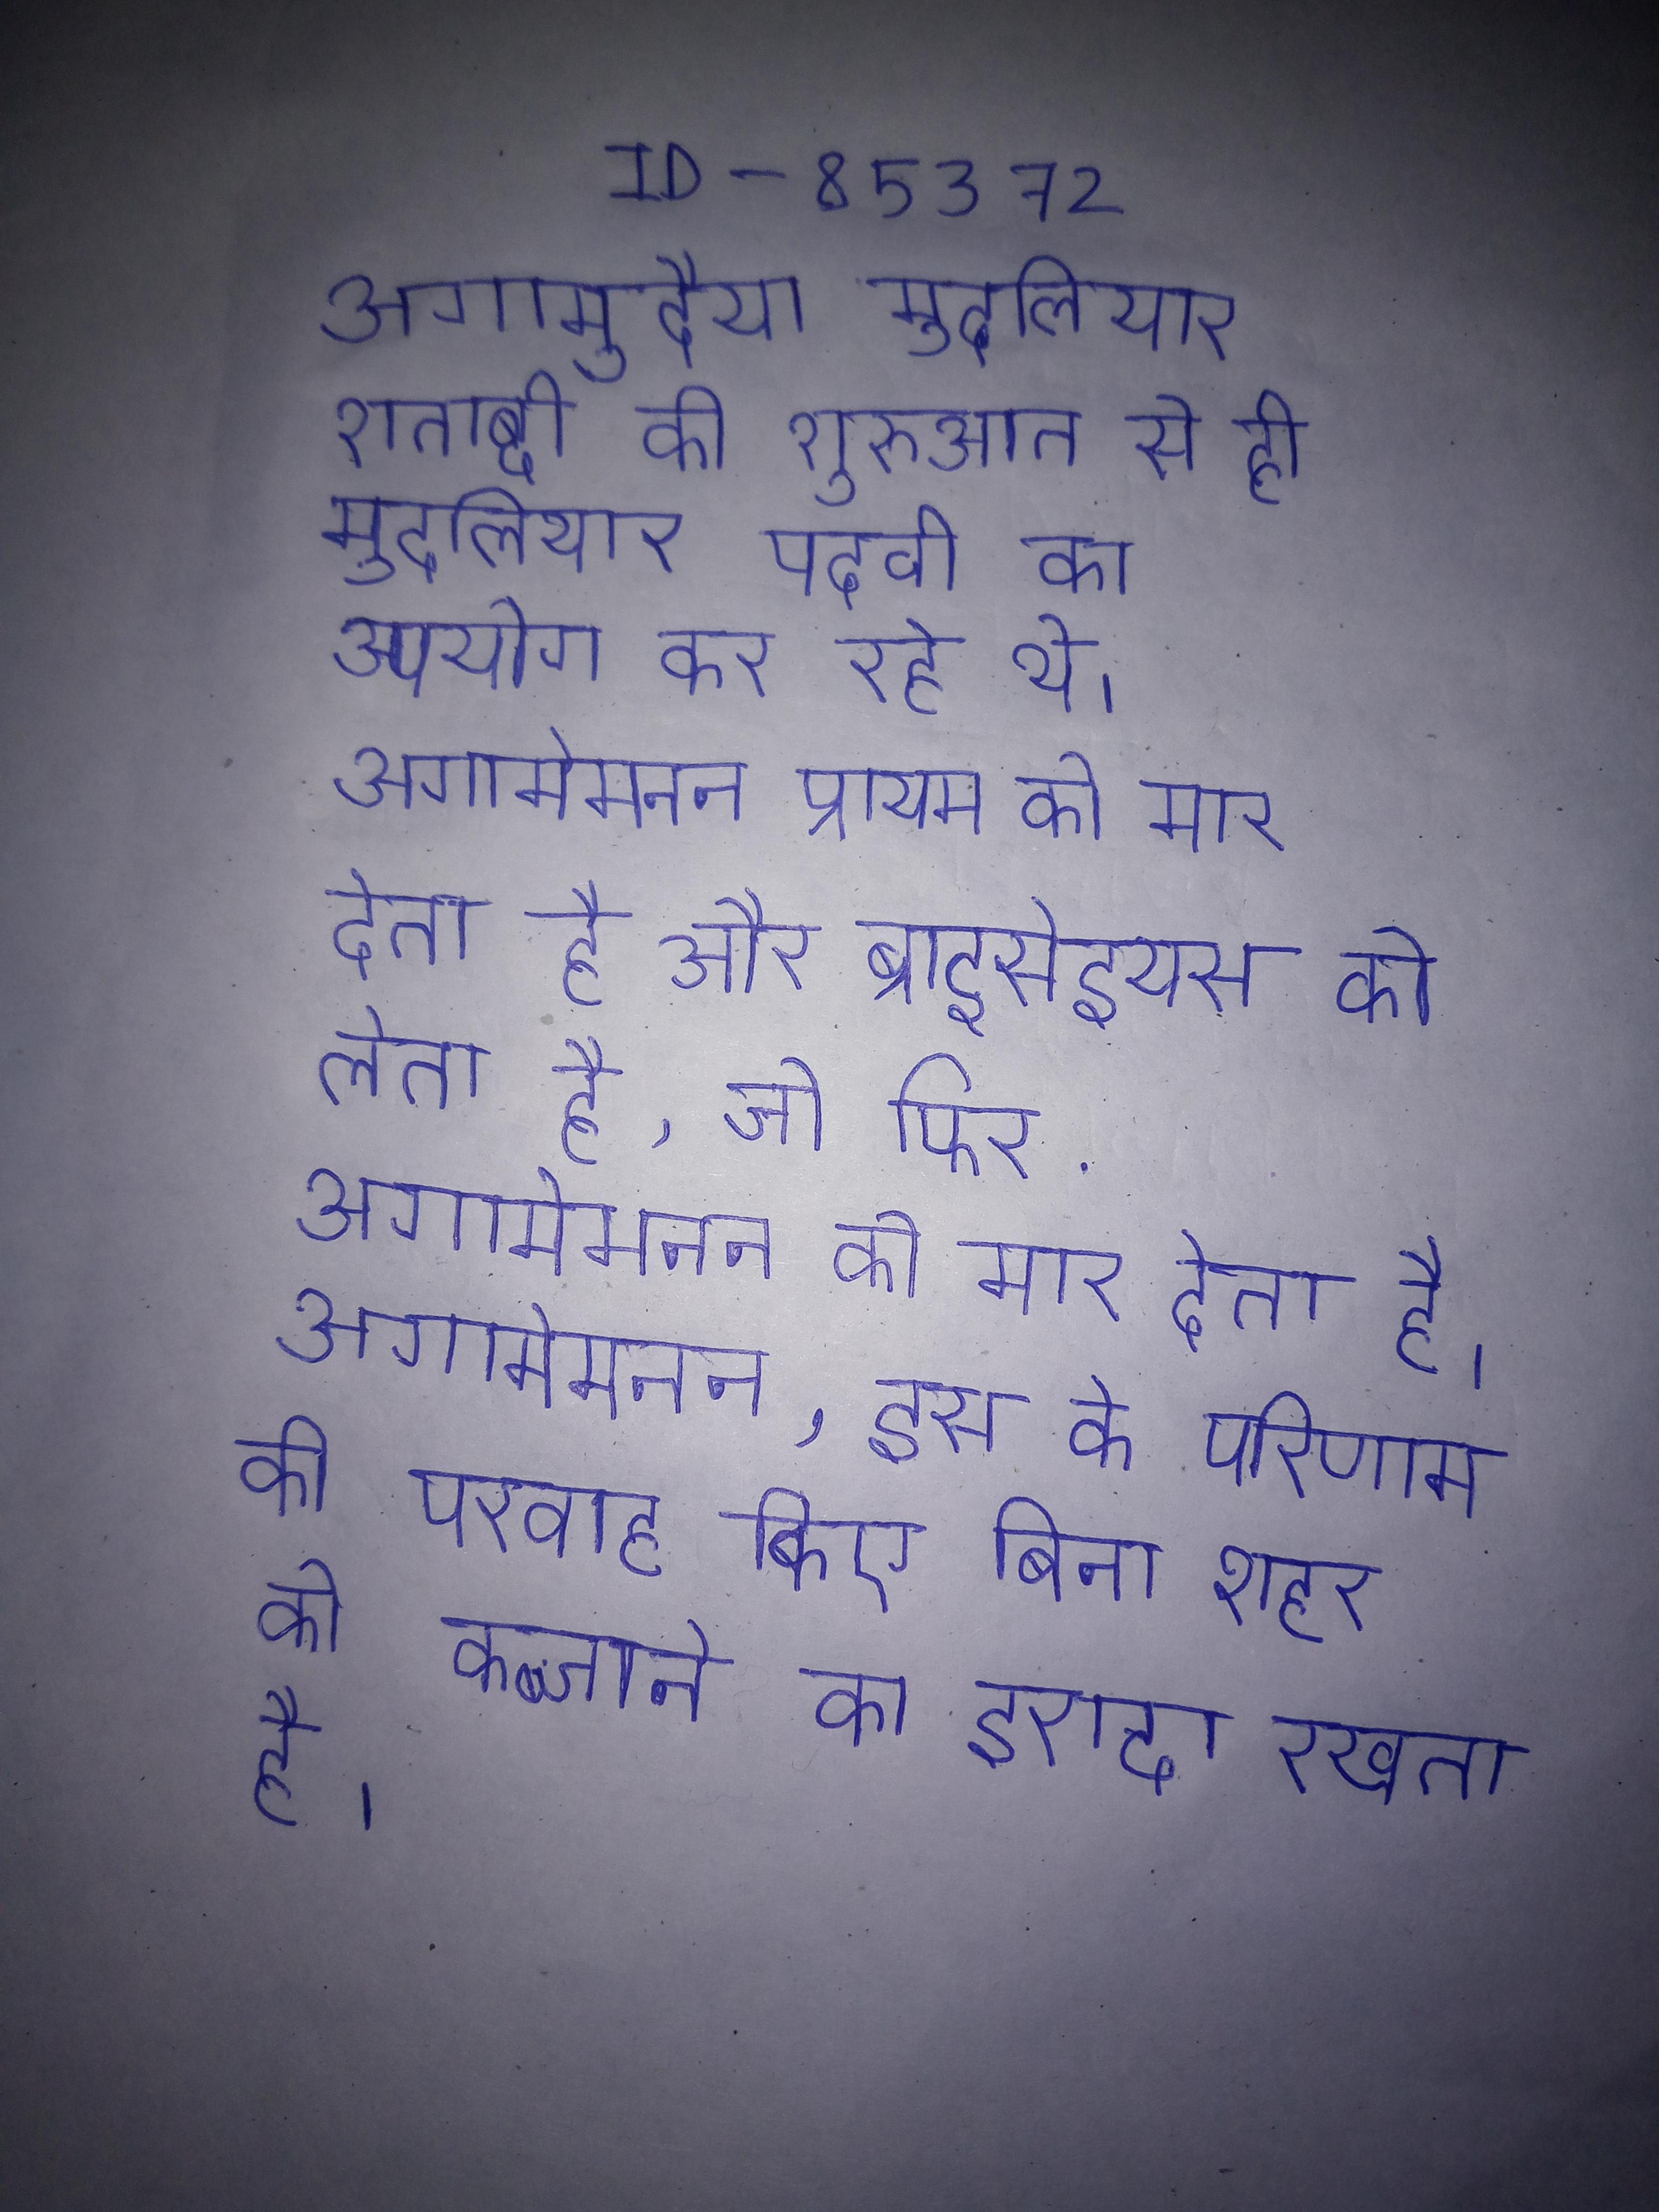
अगामुदैया मुदलियार शताब्दी की शुरुआत से ही मुदलियार पदवी का उपयोग कर रहे थे । अगामेमनन प्रायम को मार देता है और ब्राइसेइयस को लेता है, जो फिर अगामेमनन को मार देता है । अगामेमनन, इस के परिणाम की परवाह किए बिना शहर को कब्जाने का इरादा रखता है ।